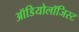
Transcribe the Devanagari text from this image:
ऑडियोलॉजिस्ट